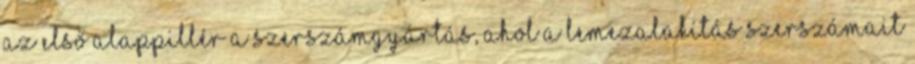
az első alappillér a szerszámgyártás, ahol a lemezalakítás szerszámait